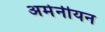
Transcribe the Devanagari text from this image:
अर्मेनीयन